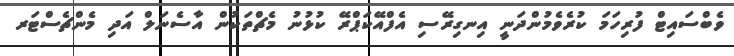
ވެބްސައިޓް ފުރިހަމަ ކުރެވެމުންދަނީ އިނގިރޭސި އެފްއޭކަޕްރޭ ކުޅުނު މެޗްތަކުން އާސެނަލް އަދި މެންޗެސްޓަރ